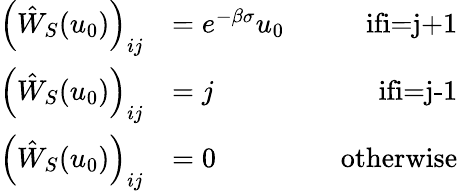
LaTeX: \begin{array}{rlr}{\left(\hat{W}_{S}(u_{0})\right)_{ij}}&{=e^{-\beta\sigma}u_{0}\quad}&{\textrm{ifi=j+1}}\\ {\left(\hat{W}_{S}(u_{0})\right)_{ij}}&{=j\quad}&{\textrm{ifi=j-1}}\\ {\left(\hat{W}_{S}(u_{0})\right)_{ij}}&{=0\quad}&{\textrm{otherwise}}\end{array}